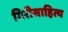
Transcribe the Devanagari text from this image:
गिरीसाहित्य